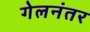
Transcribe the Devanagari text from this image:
गेलनंतर